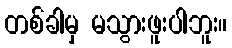
တစ်ခါမှ မသွားဖူးပါဘူး။